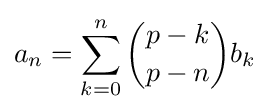
a_{n}=\sum _{k=0}^{n}{\binom {p-k}{p-n}}b_{k}